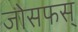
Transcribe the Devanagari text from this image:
जोसफस्